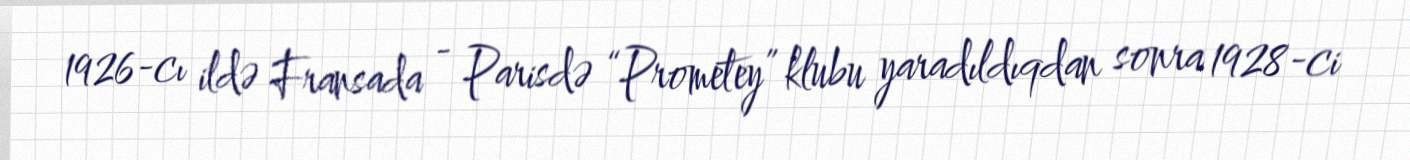
1926-cı ildə Fransada - Parisdə “Prometey” klubu yaradıldıqdan sonra 1928-ci